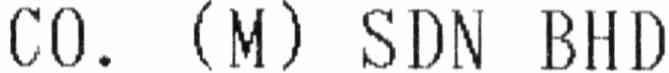
CO. (M) SDN BHD